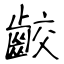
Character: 齩